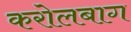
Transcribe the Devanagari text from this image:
करोलबाग